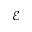
\mathcal { E }